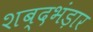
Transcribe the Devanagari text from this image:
शब्दभंड़ार